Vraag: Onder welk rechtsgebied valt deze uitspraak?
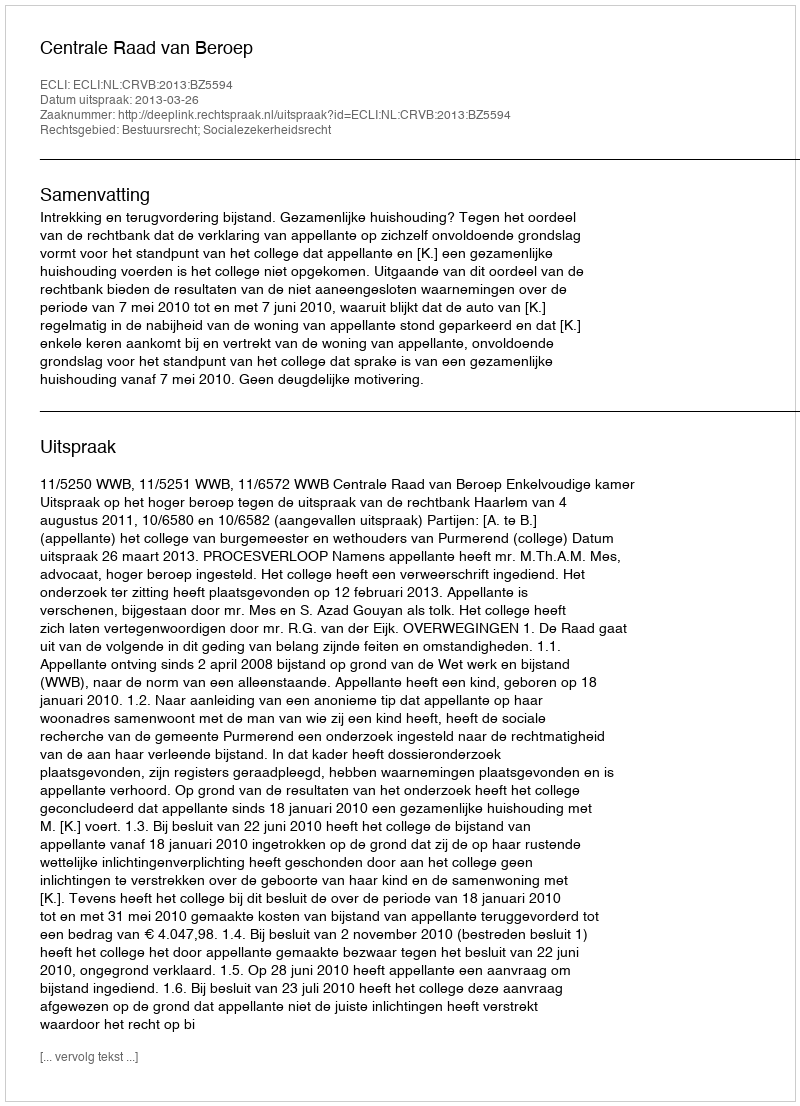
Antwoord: Bestuursrecht; Socialezekerheidsrecht